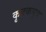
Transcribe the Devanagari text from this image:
कृतकपुत्र